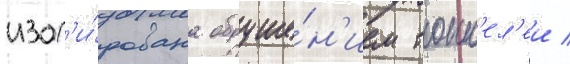
изол'и́рована обруше́н'ием тонн'ел'еи /